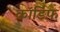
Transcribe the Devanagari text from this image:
कॉर्डिफ़